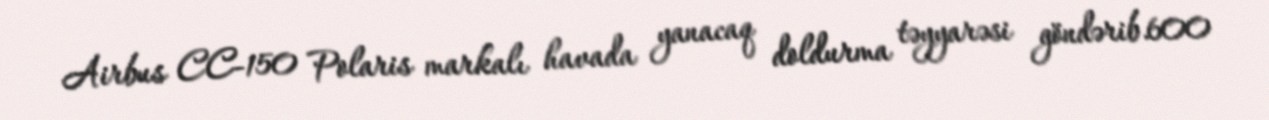
Airbus CC-150 Polaris markalı havada yanacaq doldurma təyyarəsi göndərib.600